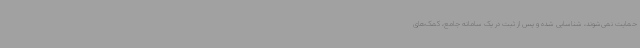
حمایت نمی‌شوند، شناسایی شده و پس از ثبت در یک سامانه جامع، کمک‌های